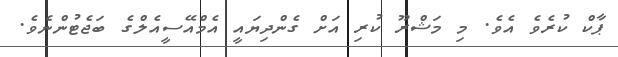
ޕާކް ކުރެވެ އެވެ. މި މަޝްރޫ ކުރި އަށް ގެންދިޔައީ އެމްއޭސީއެލްގެ ބަޖެޓުންނެވެ.